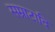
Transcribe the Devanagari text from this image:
सम्राटादि